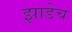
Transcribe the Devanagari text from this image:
झाडेच